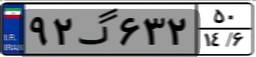
۲۸گ۲۵۹۳۹